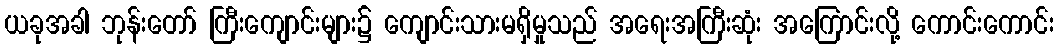
ယခုအခါ ဘုန်းတော် ကြီးကျောင်းများ၌ ကျောင်းသားမရှိမှုသည် အရေးအကြီးဆုံး အကြောင်းလို့ ကောင်းကောင်း